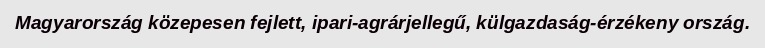
Magyarország közepesen fejlett, ipari-agrárjellegű, külgazdaság-érzékeny ország.